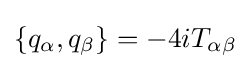
\{q_{\alpha },q_{\beta }\}=-4iT_{\alpha \beta }